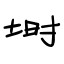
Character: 埘